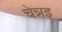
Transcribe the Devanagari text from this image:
चेन्नइ